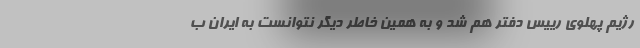
رژیم پهلوی رییس دفتر هم شد و به همین خاطر دیگر نتوانست به ایران ب